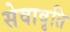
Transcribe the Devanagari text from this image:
सेवावृति